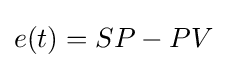
e(t)=SP-PV